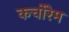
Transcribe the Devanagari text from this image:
कर्चोरेम